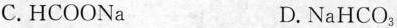
C.HCOONa D. NaHCO_{3}